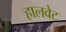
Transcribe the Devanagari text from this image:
हालवेट